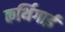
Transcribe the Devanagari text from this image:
कर्थिगाई